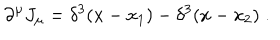
LaTeX: \partial ^ { \mu } J _ { \mu } = \delta ^ { 3 } ( x - x _ { 1 } ) - \delta ^ { 3 } ( x - x _ { 2 } ) \; .